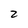
Character: 2